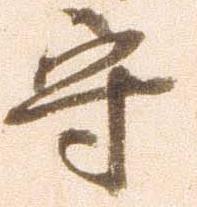
守